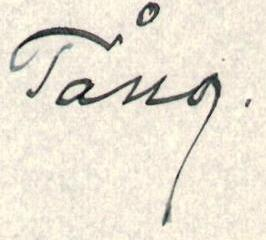
Tång.